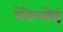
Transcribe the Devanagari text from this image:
मेंदेल्सोहं